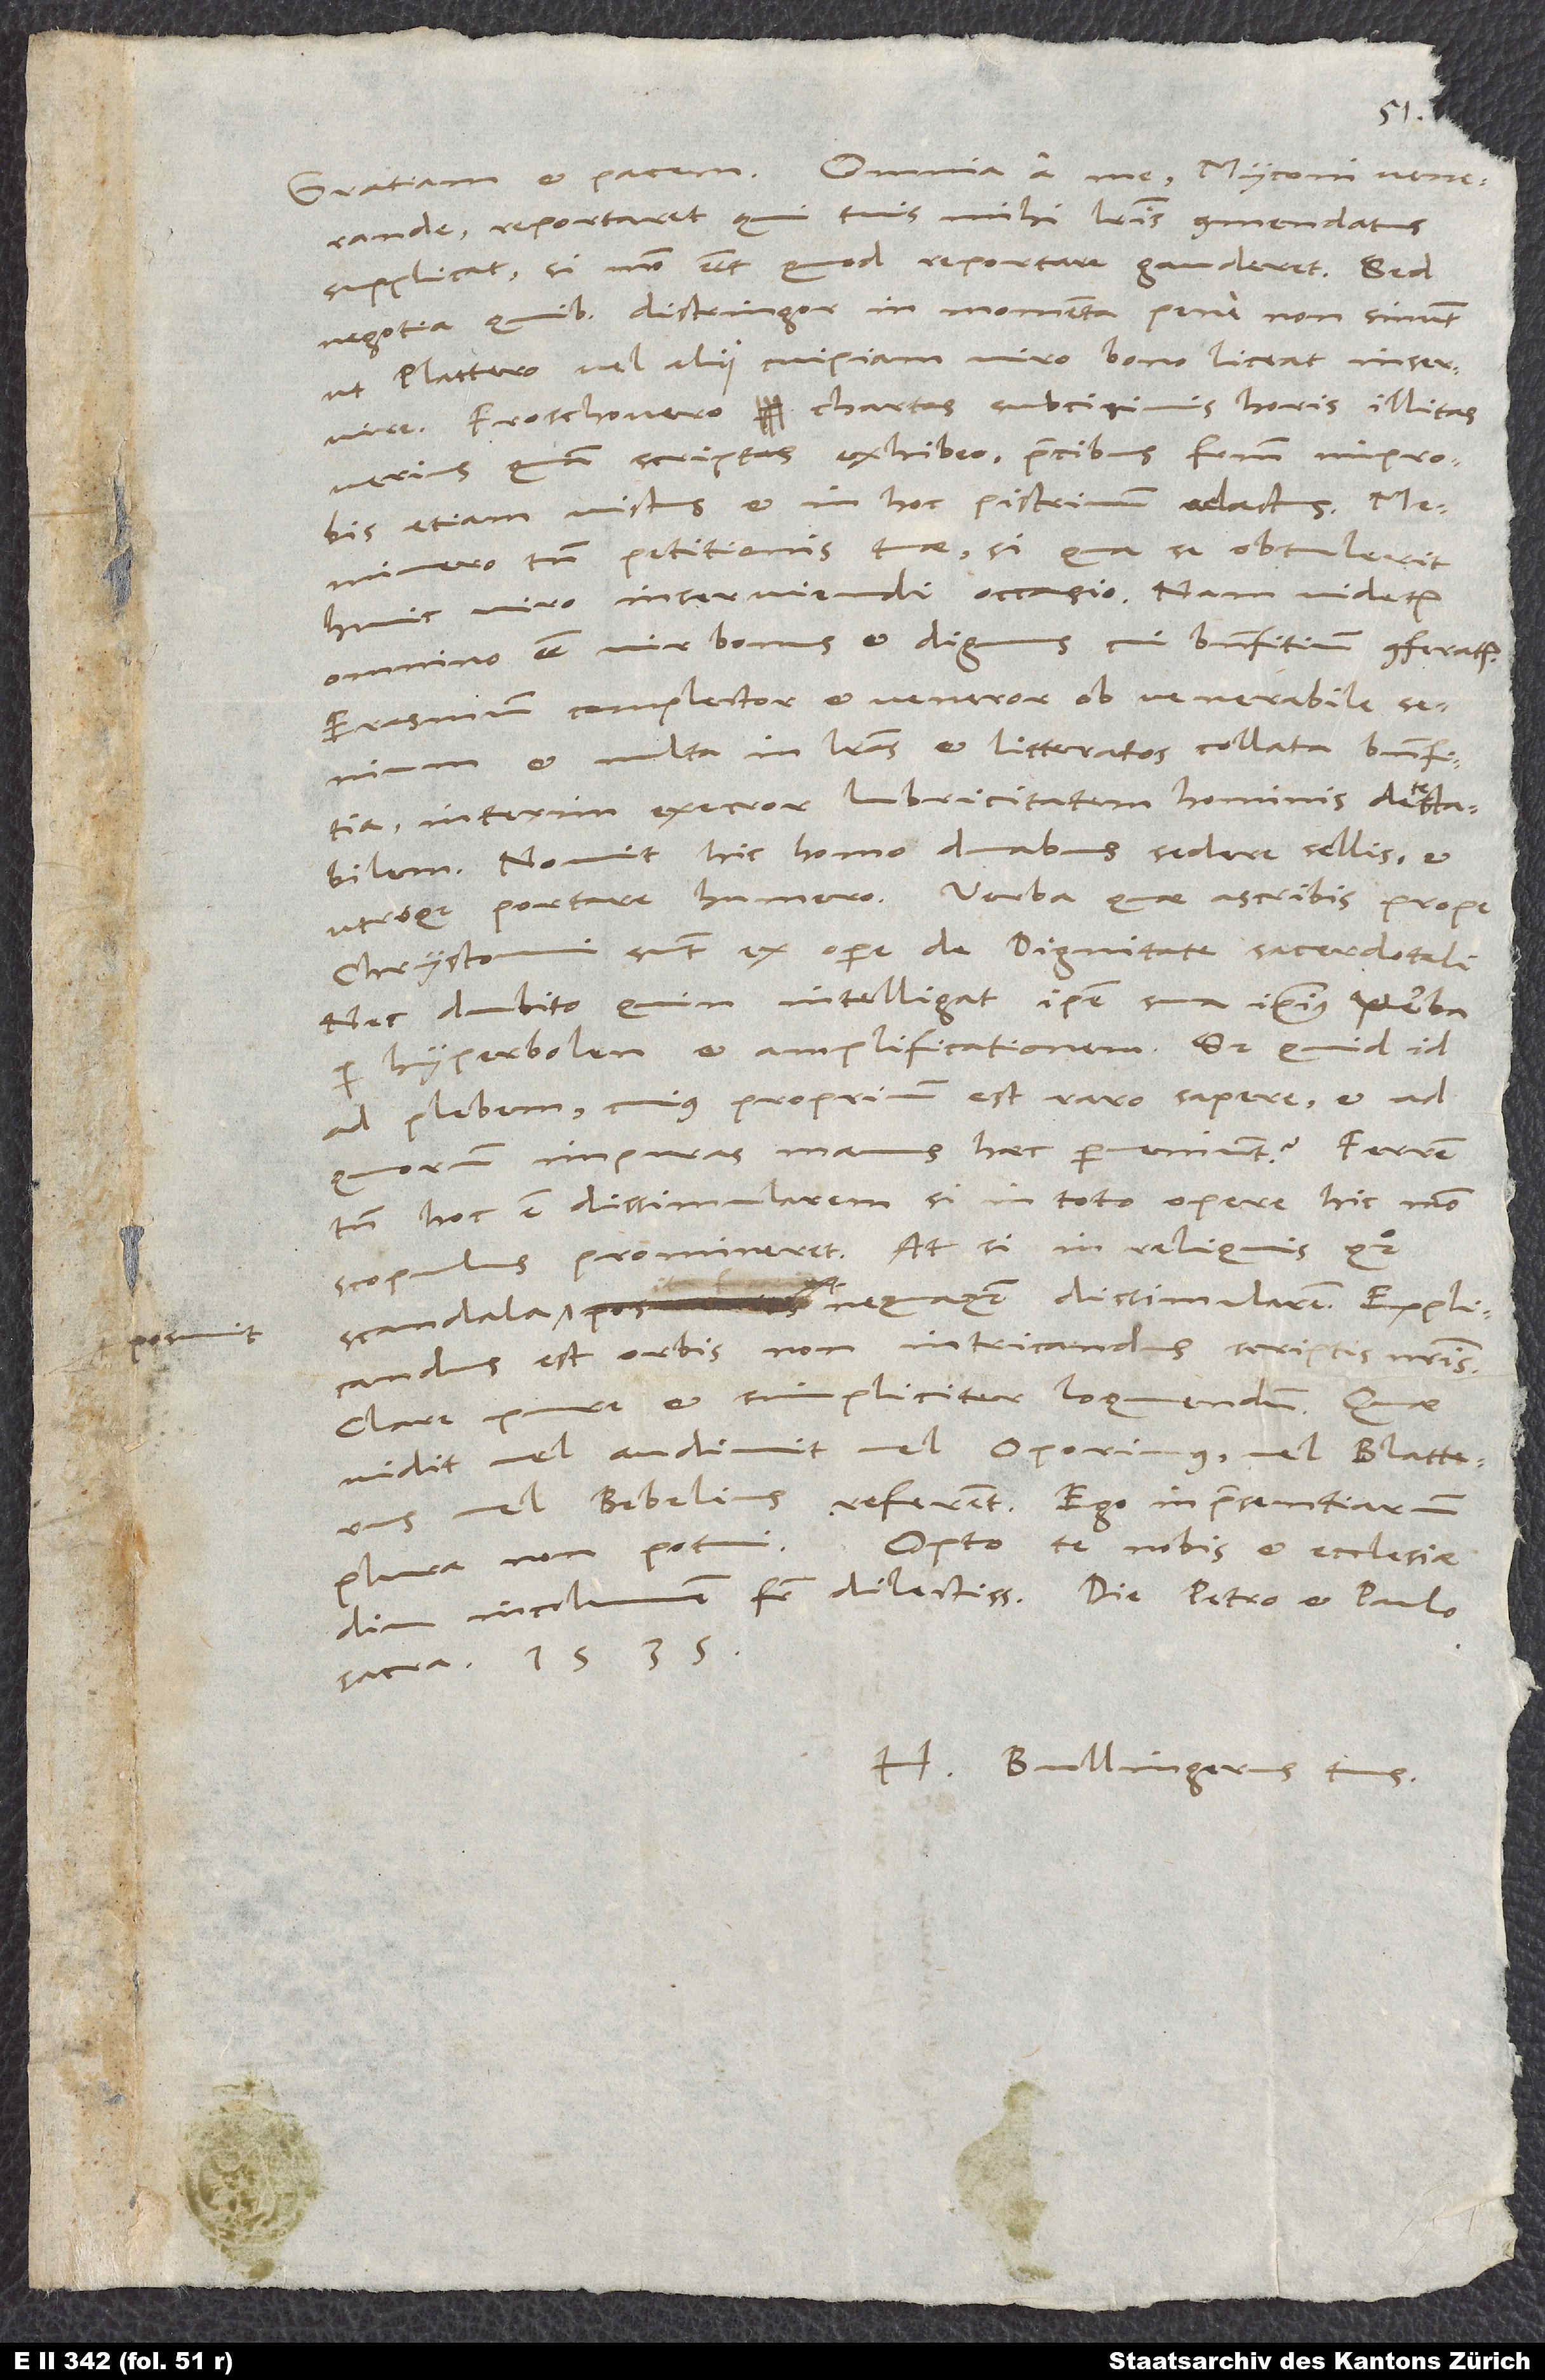
venerande, reportaret, qui tuis mihi literis commendatus
supplicat, si modo esset, quod reportare gauderet. Sed
negotia, quibus distringor, in momento pene non sinunt,
ut Plattero vel alii cuipiam viro bono liceat inservire.
Froschouero chartas subcisivis horis illitas
verius quam scriptas exhibeo, precibus fratrum improbis
etiam victus et in hoc pistrinum adactus.
Meminero tamen petitionis tuae, si qua se obtulerit
huic viro inserviendi occasio. Nam videtur
omnino esse vir bonus et dignus, cui benefitium conferatur.
Erasmum complector et veneror ob venerabile
et multa in literas et litteratos collata benefitia,
interim execror lubricitatem hominis detestabilem.
Novit hic homo duabus sedere sellis et
utroque portare humero. Verba, quae ascribis, prope
Chrysostomi sunt ex opere De dignitate sacerdotali,
nec dubito, quin intelligat ipse sua ipsius verba
hyperbolen et amplificationem. Sed quid id
ad plebem, cuius proprium est raro sapere, et ad
quorum impuras manus haec perveniunt? Ferrem
tamen hoc et dissimularem, si in toto opere hic modo
scopulus promineret. At si in reliquis quoque
scandala posuit, nequaquam dissimularem. Explicandus
est orbis, non intricandus scriptis nostris.
Clare, pure et simpliciter loquendum. Quae
vidit vel audivit vel Oporinus vel Blatterus
vel Bebelius, referent. Ego in praesentiarum
sacra, 1535.
H. Bullingerus tuus.